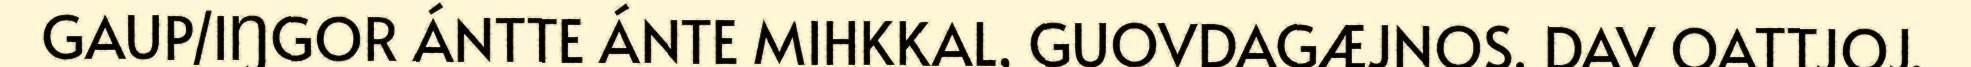
GAUP/IŊGOR ÁNTTE ÁNTE MIHKKAL, GUOVDAGÆJNOS, DAV OATTJOJ.